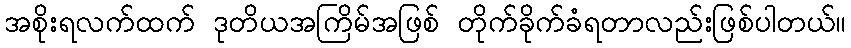
အစိုးရလက်ထက် ဒုတိယအကြိမ်အဖြစ် တိုက်ခိုက်ခံရတာလည်းဖြစ်ပါတယ်။